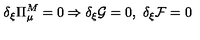
\delta _ { \xi } \Pi _ { \mu } ^ { M } = 0 \Rightarrow \delta _ { \xi } \mathcal { G } = 0 , \ \delta _ { \xi } \mathcal { F } = 0